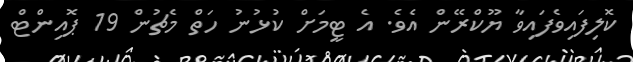
ކޮލިފައިވެފައިވާ ޔޫކްރޭން އެވެ. އެ ޓީމަށް ކުޅުނު ހަތް މެޗުން 19 ޕޮއިންޓް